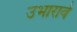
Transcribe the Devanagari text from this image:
उभारावे